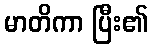
မာတိကာ ပြီး၏